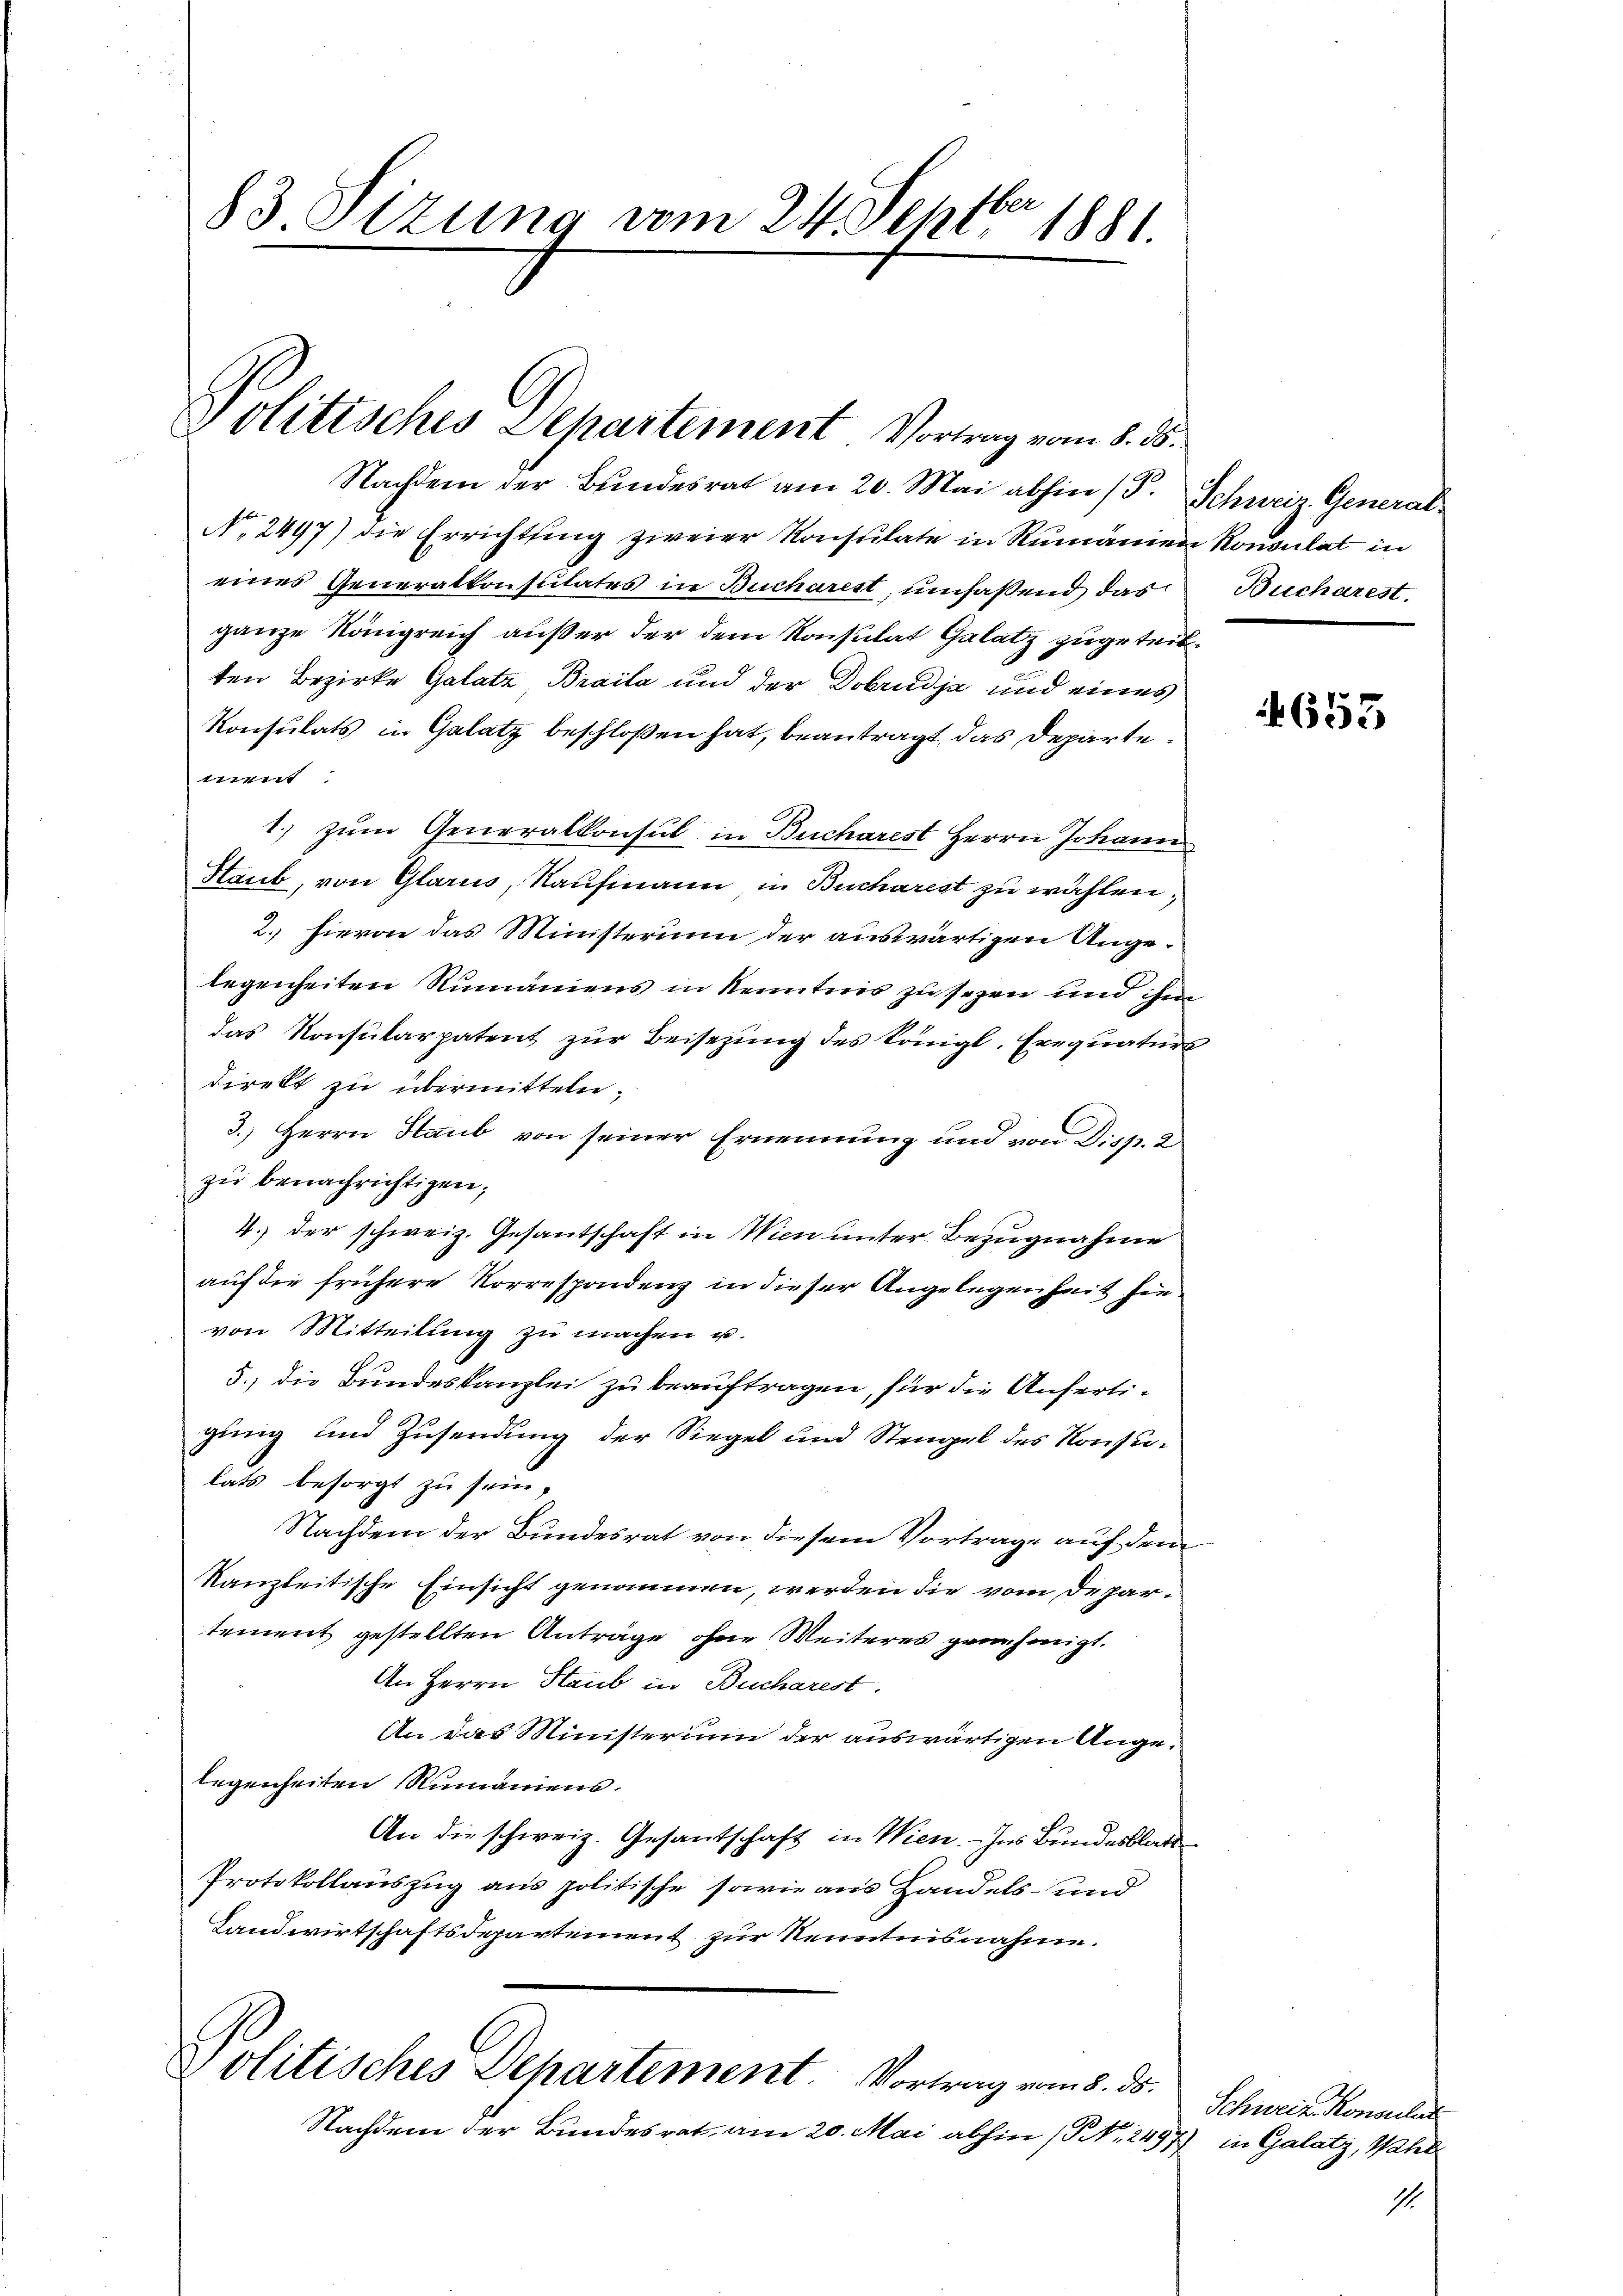
83 Sizung vom 24. Septbr 1881.

Politisches Departement Vortrag vom 8. d.

Nachdem der Bundesrat am 20. Mai abhin (T. Schweiz. General-
No. 2497) die Errichtung zweier Konsulate in Rumänien Rousulat in
eines Generalkonsulates in Bucharest, umfassend das
ganze Königreich außer der dem Konsulat Galatz zugeteilten Bezirke Galatz, Braila und der Dobrudja und eines
Konsulats in Gelatz beschloßen hat, beantragt, das Departe
ment
1. zŭm Generalkonsul in Bucharest Herrn Johann
Haub, von Glarus, Kaufmann in Bucharest zu wählen,
2. hievon das Ministerium der auswärtigen Angelegenheiten Rumäniens in Kenntnis zu sezen und ihm
das Konsularpatent zur Beisezung des Königl. Exequaturs
direkt zu übermitteln.
3.) Herrn Haub von seiner Ernennung und von Disp. 2
zŭ benachrichtigen;
4.) der schweiz. Gesantschaft in Wien unter Bezugnahme
auf die frühere Vorrespondenz in dieser Angelegenheit hie
von Mitteilŭng zŭ machen u.
5.) die Bundeskanzlei zu beauftragen, für die Anfertigung und Zusendung der Siegel und Stengel des Konsulats besorgt zu sein,
Nachdem der Bundesrat von diesem Vortrage auf dem
kanzleitische Einsicht genommen, werden die vom Departement gestellten Anträge ohne Weiteres genehmigt.
An Herrn Staub in Bucharest.
An das Ministerium der auswärtigen Angelegenheiten Rumaniens.
An die schweiz. Gesantschaft in Wien. - Ins Bundesblatt
Protokollauszug aus politische sowie aus Handels- und
Landwirtschaftsdepartement zur Kenntnisnahme.

politisches Departement. Vortrag vom 8. ds.

Nachdem der Bundesrat am 20. Mai abhin (S. 2497) in Galatz, Wahl

Bucharest.

4653

Schweiz. Konsuli